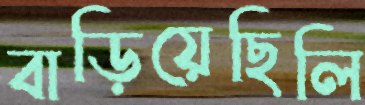
বাড়িয়েছিলি